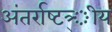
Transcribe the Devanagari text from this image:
अंतर्राष्‍टत्र्ीय